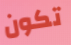
تكون